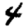
Digit: 4